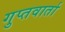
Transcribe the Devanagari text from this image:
गुप्तवार्ता